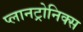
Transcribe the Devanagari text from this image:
प्लानट्रोनिक्स